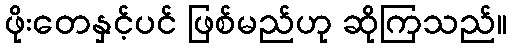
ဖိုးတေနှင့်ပင် ဖြစ်မည်ဟု ဆိုကြသည်။